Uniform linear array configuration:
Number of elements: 8
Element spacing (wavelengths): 1
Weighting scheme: blackman
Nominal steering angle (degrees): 15
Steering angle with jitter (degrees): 14.403
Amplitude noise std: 0.05
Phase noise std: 0.05

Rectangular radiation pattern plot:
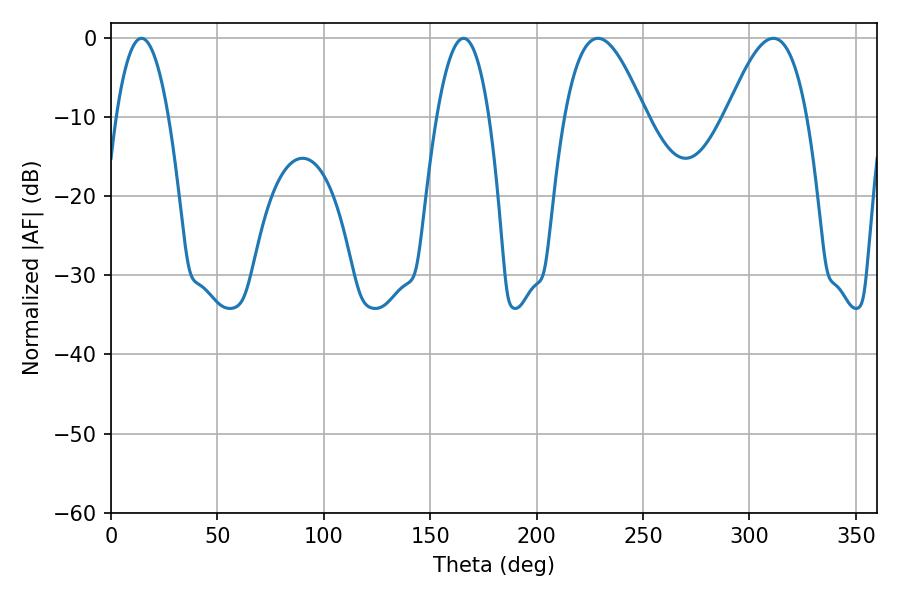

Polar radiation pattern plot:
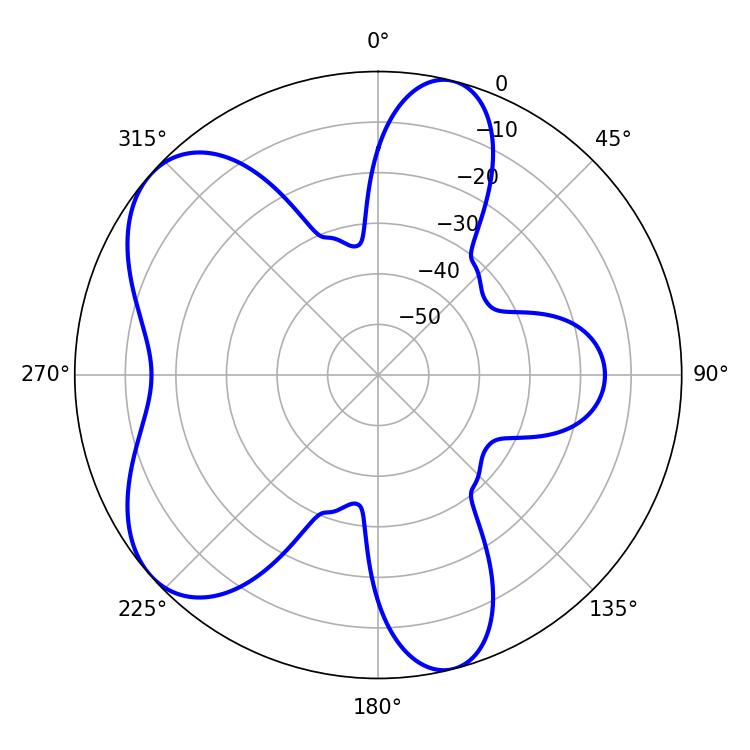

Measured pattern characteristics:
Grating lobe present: TRUE
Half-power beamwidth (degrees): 20.52
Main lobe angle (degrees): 228.78